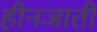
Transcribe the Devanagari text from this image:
हीनजाती